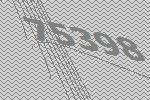
75398